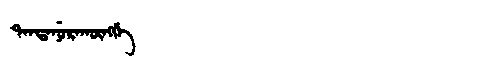
Manchu: ᡨᠠᠨᡨᠠᠨᡠᡵᠠᡴᡡᠩᡤᡝ
Romanization: TANTANURAKŪNGGE